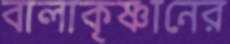
বালাকৃষ্ণানের